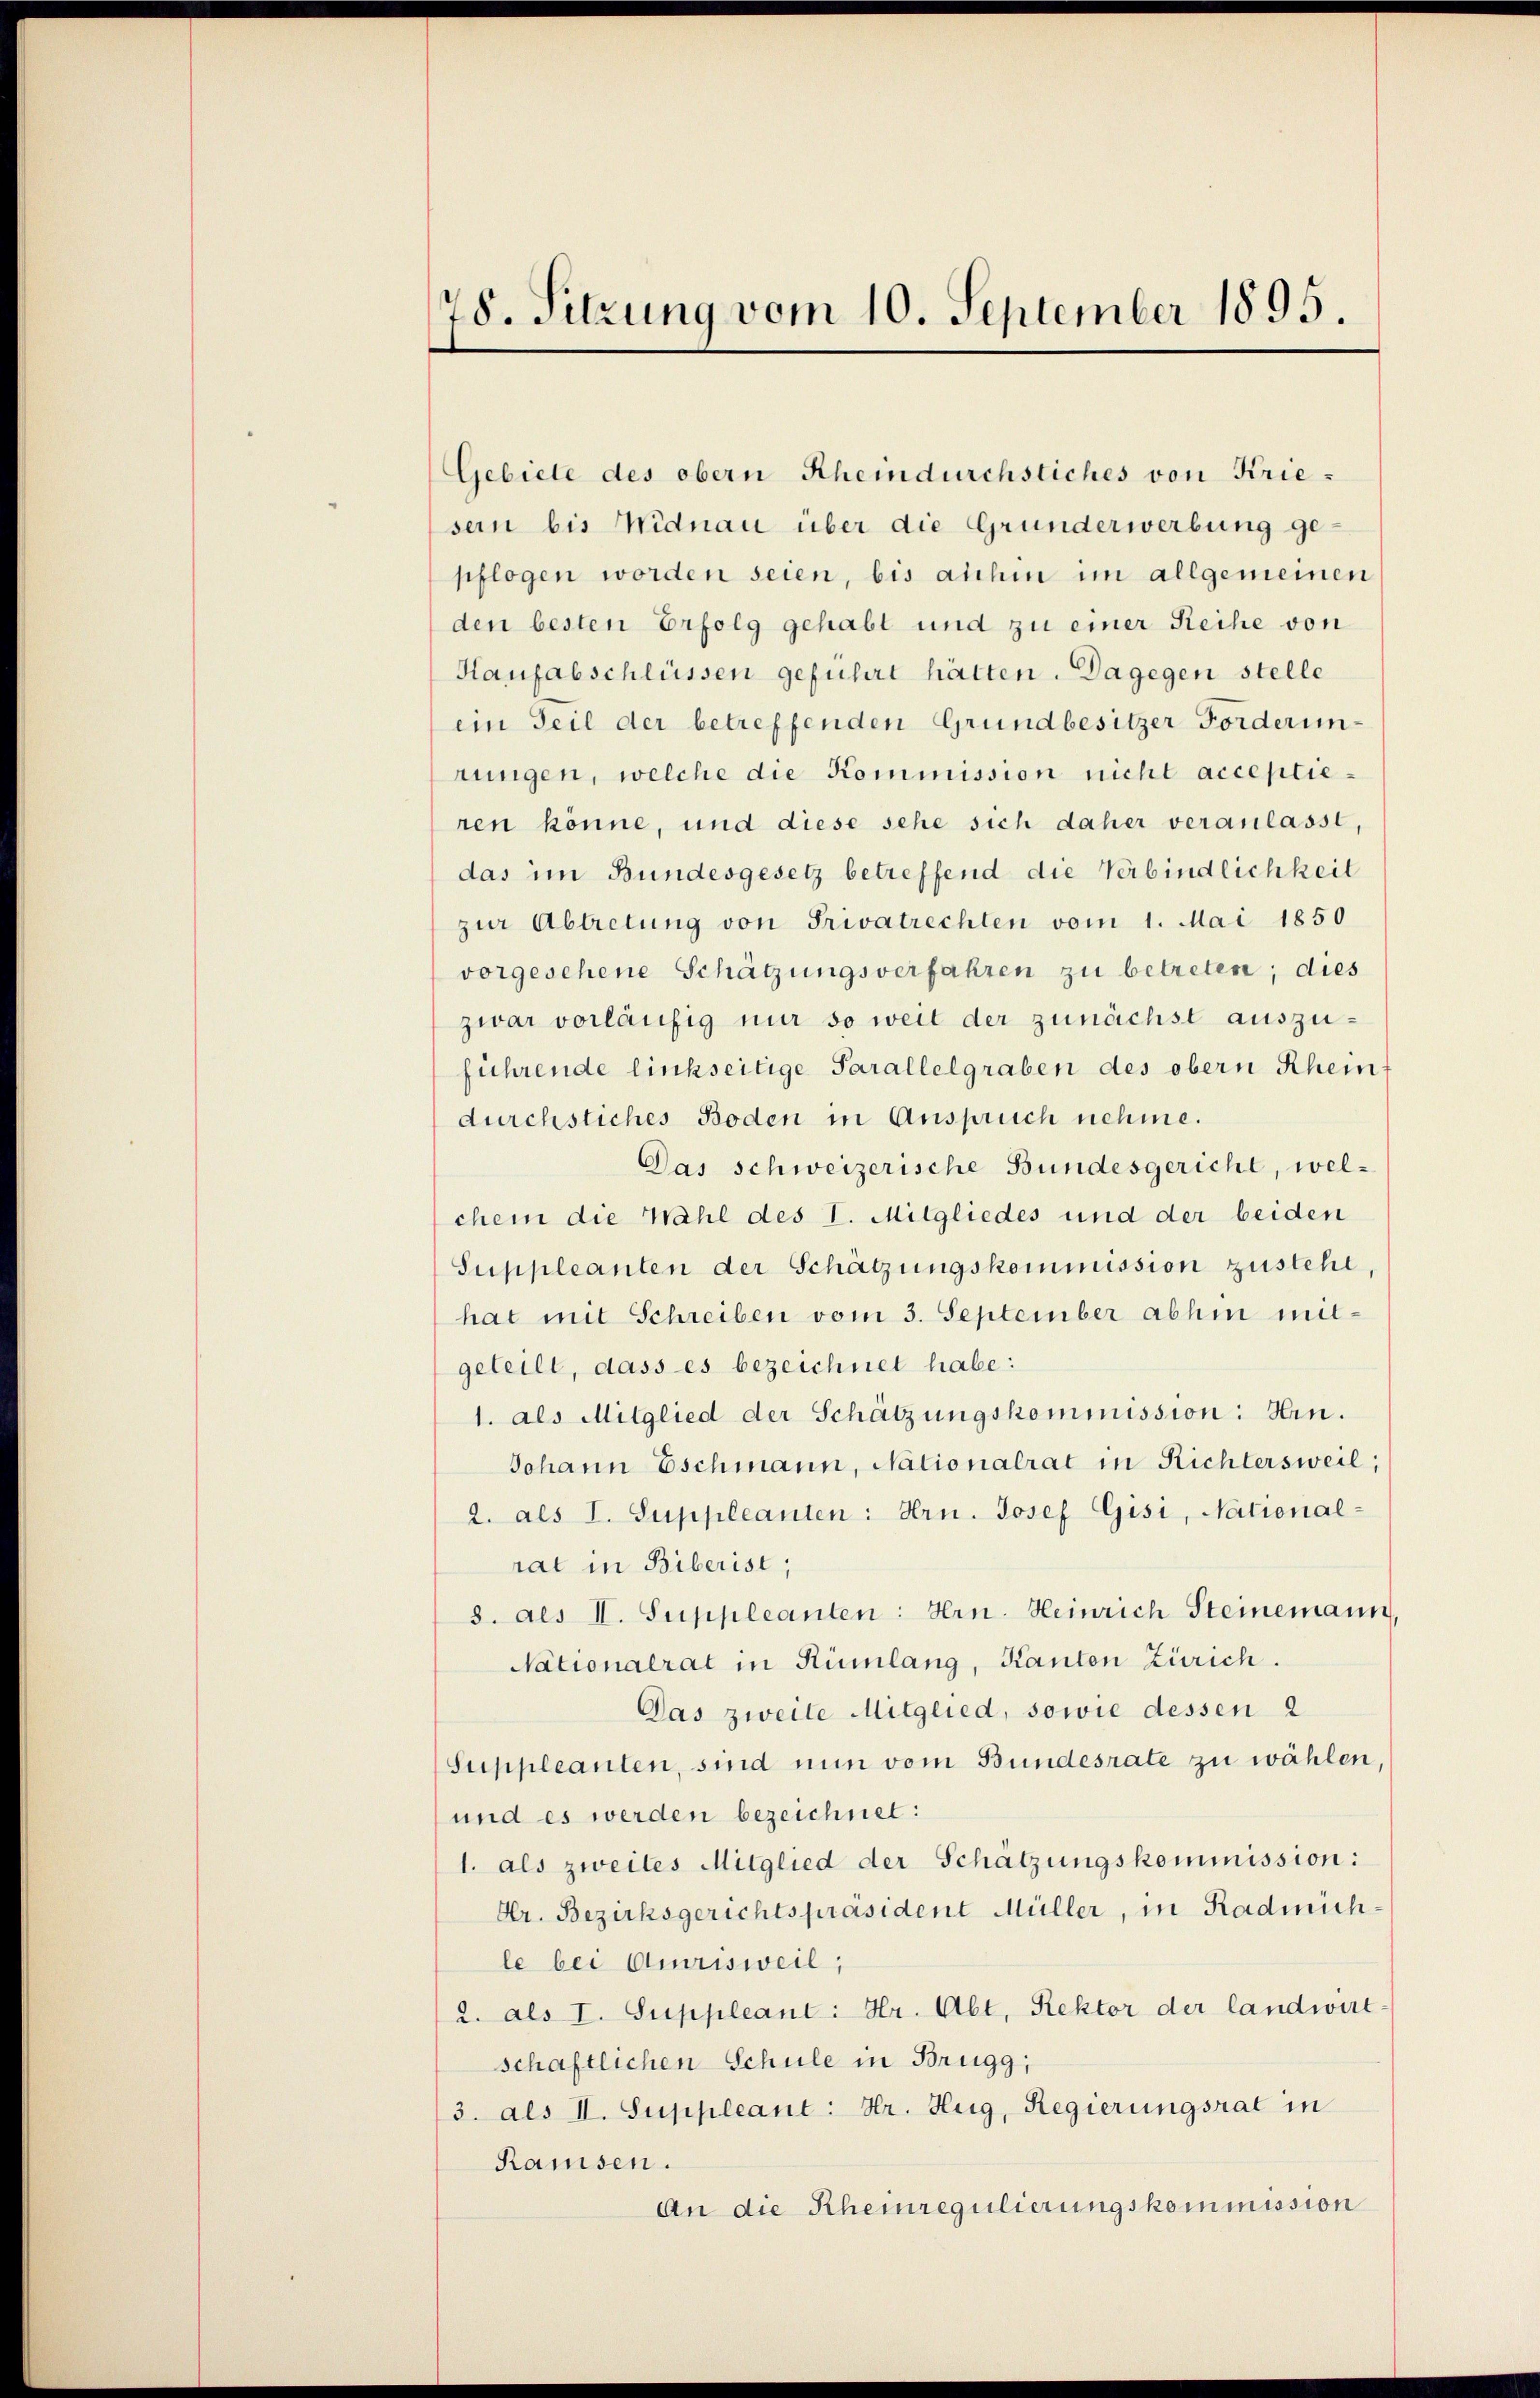
78. Sitzung vom 10. September 1895.

Gebiete des obern Rheindurchstiches von Krie-
sern bis Widnau über die Grunderwerbung ge-
pflogen worden seien, bis anhin im allgemeinen
den besten Erfolg gehabt und zu einer Reihe von
Haufabschlüssen geführt hätten. Dagegen stelle
ein Teil der betreffenden Grundbesitzer Forderunrungen, welche die Kommission nicht acceptieren könne, und diese sehe sich daher veranlasst,
das im Bundesgesetz betreffend die Verbindlichkeit
zur Abtretung von Privatrechten vom 1. Mai 1850
vorgesehene Schätzungsverfahren zu betreten; dies
zwar vorläufig nur so weit der zunächst auszuführende linkseitige Parallelgraben des obern Rhein
durchstiches Boden in Anspruch nehme.
Das schweizerische Bundesgericht, wel-
chem die Wahl des I. Mitgliedes und der beiden
Suppleanten der Schätzungskommission zusteht,
hat mit Schreiben vom 3. September abhin mitgeteilt, dass es bezeichnet habe:
1. als Mitglied der Schätzungskommission: Hin.
Johann Eschmann, Nationalrat in Richtersweil;
2. als I. Suppleanten: Hrn. Josef Gisi, National-
rat in Biberist,
8. als I. Suppleanten: Hrn. Heinrich Steinemann,
Nationalrat in Rümlang, Kanton Zürich.
Das zweite Mitglied, sowie dessen 2
Suppleanten, sind nun vom Bundesrate zu wählen.
und es werden bezeichnet:
1. als zweites Mitglied der Schätzungskommission:
Hr. Bezirksgerichtspräsident Müller, in Radmüchle bei Amrisweil,
2. als I. Suppleant: Hr. Abt. Rektor der landwirt
schaftlichen Schule in Brugg,
3. als II. Suppleant: Hr. Hug, Regierungsrat in
Ramsen.
An die Rheinregulierungskommission